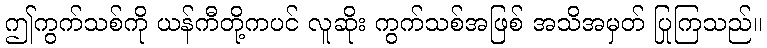
ဤကွက်သစ်ကို ယန်ကီတို့ကပင် လူဆိုး ကွက်သစ်အဖြစ် အသိအမှတ် ပြုကြသည်။